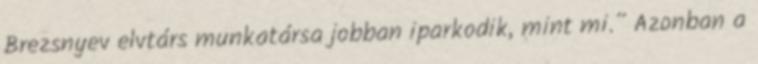
Brezsnyev elvtárs munkatársa jobban iparkodik, mint mi.” Azonban a